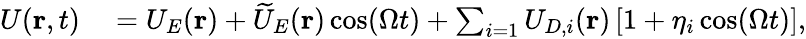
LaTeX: \begin{array}{rl}{U(\mathbf{r},t)}&{{}=U_{E}(\mathbf{r})+\widetilde{U}_{E}(\mathbf{r})\cos(\Omega t)+\sum_{i=1}U_{D,i}(\mathbf{r})\left[1+\eta_{i}\cos(\Omega t)\right],}\end{array}